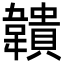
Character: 𩏡